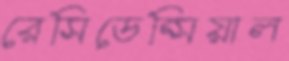
রেসিডেন্সিয়াল